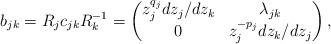
LaTeX: \begin{align*}b_{jk} = R_jc_{jk}R_k^{-1} = \begin{pmatrix} z_j^{q_j}dz_j/dz_k & \lambda_{jk}\\ 0 & z_j^{-p_j}dz_k/dz_j\end{pmatrix},\end{align*}